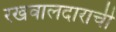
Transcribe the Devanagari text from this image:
रखवालदाराची